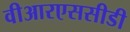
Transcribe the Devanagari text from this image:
वीआरएससीडी